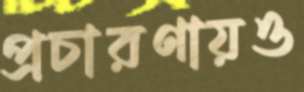
প্রচারণায়ও